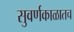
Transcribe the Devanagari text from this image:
सुवर्णकाळातच